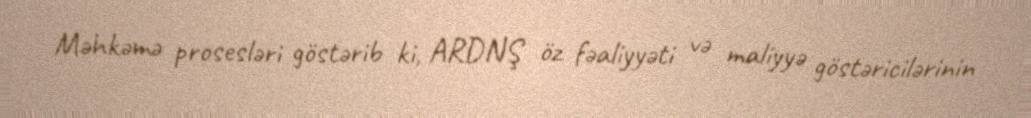
Məhkəmə prosesləri göstərib ki, ARDNŞ öz fəaliyyəti və maliyyə göstəricilərinin